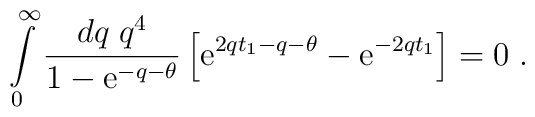
\int\limits_0^\infty \frac{dq\;q^4}{1 - \mathrm{e}^{-q-\theta}}\left[\mathrm{e}^{2qt_1 - q - \theta} - \mathrm{e}^{-2qt_1}\right] = 0\;.